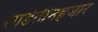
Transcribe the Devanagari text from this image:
साडेतीनहजार